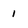
Character: 1